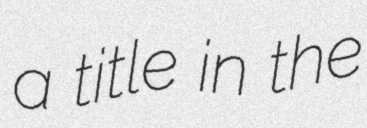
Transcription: a title in the